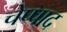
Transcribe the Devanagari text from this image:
चेप्पाद